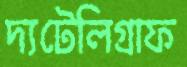
দ্যটেলিগ্রাফ